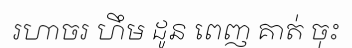
រហាចរ ហឹម ដូន ពេញ គាត់ ចុះ